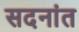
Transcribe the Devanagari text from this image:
सदनांत